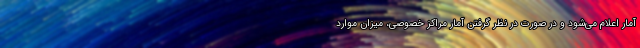
آمار اعلام می‌شود و در صورت در نظر گرفتن آمار مراکز خصوصی، میزان موارد